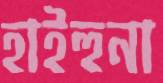
হাইহুনা